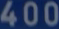
400